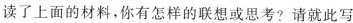
读了上面的材料，你有怎样的联想或思考?请就此写